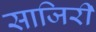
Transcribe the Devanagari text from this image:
साजिरी